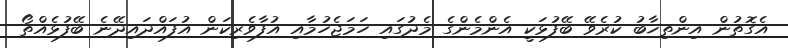
އެގޮތުން އިންތިޚާބު ކުރެވޭ ބޭފުޅަކީ އެންމެންގެ މެދުގައި ހަމަޖެހުމާއި އުފާވެރިކަން އުފައްދައިދޭނެ ބޭފުޅެއްތޯ